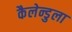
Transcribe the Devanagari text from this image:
कैलेन्डुला